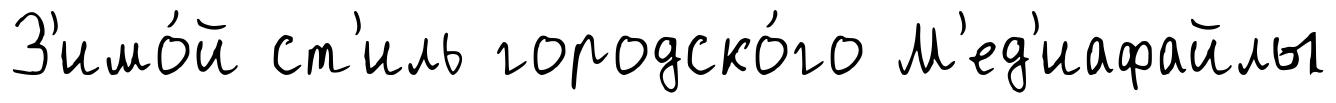
З'имо́й ст'иль городско́го М'ед'иафайлы